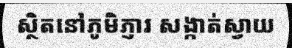
ស្ថិតនៅភូមិភ្ញារ សង្កាត់ស្វាយ